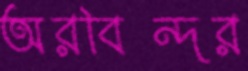
অরবিন্দর